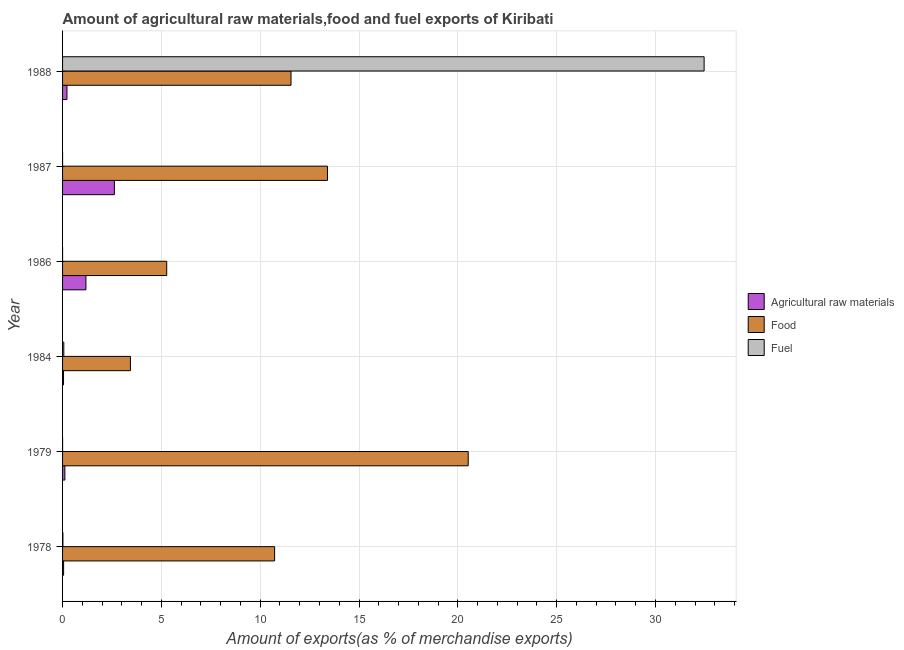
| Year | Agricultural raw materials | Food | Fuel |
 | --- | --- | --- | --- |
 | 1978 | 0.053 | 10.7 | 0.0171 |
 | 1979 | 0.117 | 20.5 | 0.000246 |
 | 1984 | 0.049 | 3.43 | 0.0629 |
 | 1986 | 1.18 | 5.27 | 0.000116 |
 | 1987 | 2.62 | 13.4 | 0.000172 |
 | 1988 | 0.222 | 11.6 | 32.5 |